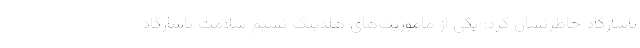
پاسارگاد خاطرنشان كرد: یكی از ماموریت‌های هلدینگ نسیم سلامت پاسارگاد